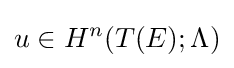
u\in H^{n}(T(E);\Lambda )